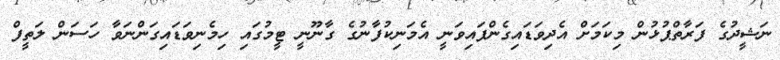
ނަޝީދުގެ ފަރާތްޕުޅުން މިކަމަށް އެދިވަޑައިގެންފައިވަނީ އެމަނިކުފާނުގެ ގާނޫނީ ޓީމުގައި ހިމެނިވަޑައިގަންނަވާ ހަސަން ލަތީފް